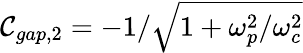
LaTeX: \mathcal{C}_{gap,2}=-1/\sqrt{1+\omega_{p}^{2}/\omega_{c}^{2}}